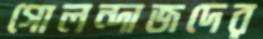
গোলন্দাজদের